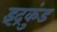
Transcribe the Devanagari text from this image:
इंद्रकुंड